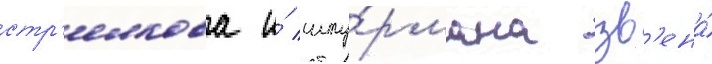
стр'елкова и́ шту́рмана зв'ена́